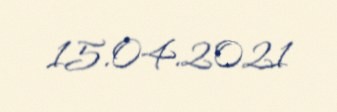
15.04.2021